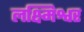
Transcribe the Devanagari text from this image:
लक्ष्मिश्वर